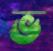
ভ